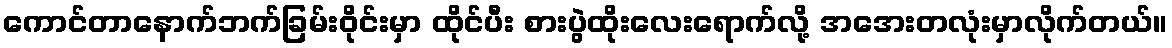
ကောင်တာနောက်ဘက်ခြမ်းဝိုင်းမှာ ထိုင်ပီး စားပွဲထိုးလေးရောက်လို့ အအေးတလုံးမှာလိုက်တယ်။